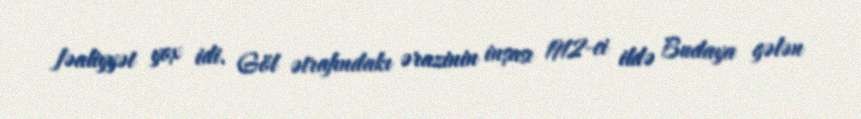
fəaliyyət yox idi. Göl ətrafındakı ərazinin inşası 1912-ci ildə Budaya gələn